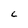
Character: C